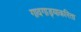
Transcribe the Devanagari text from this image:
गावगाड्याकरिता